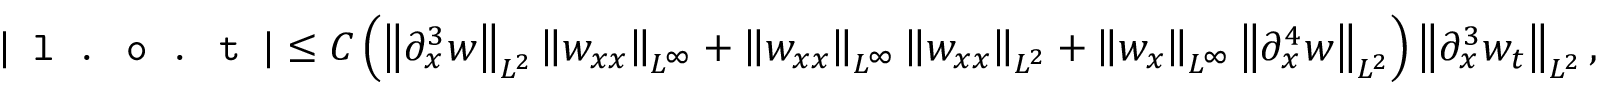
| \texttt { l . o . t } | \leq C \left( \left\| \partial _ { x } ^ { 3 } w \right\| _ { L ^ { 2 } } \left\| w _ { x x } \right\| _ { L ^ { \infty } } + \left\| w _ { x x } \right\| _ { L ^ { \infty } } \left\| w _ { x x } \right\| _ { L ^ { 2 } } + \left\| w _ { x } \right\| _ { L ^ { \infty } } \left\| \partial _ { x } ^ { 4 } w \right\| _ { L ^ { 2 } } \right) \left\| \partial _ { x } ^ { 3 } w _ { t } \right\| _ { L ^ { 2 } } ,